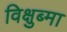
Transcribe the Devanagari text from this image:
विक्षुब्मा